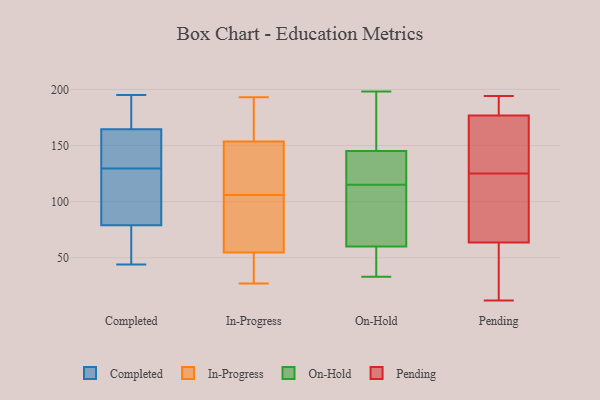
{"axis": {"x": "Tickets Resolved", "y": "Value"}, "legend": ["Completed", "In-Progress", "On-Hold", "Pending"], "data": [{"x": "", "y": 169, "type": "Completed"}, {"x": "", "y": 129, "type": "Completed"}, {"x": "", "y": 81, "type": "Completed"}, {"x": "", "y": 89, "type": "Completed"}, {"x": "", "y": 193, "type": "Completed"}, {"x": "", "y": 65, "type": "Completed"}, {"x": "", "y": 160, "type": "Completed"}, {"x": "", "y": 154, "type": "Completed"}, {"x": "", "y": 77, "type": "Completed"}, {"x": "", "y": 130, "type": "Completed"}, {"x": "", "y": 122, "type": "Completed"}, {"x": "", "y": 195, "type": "Completed"}, {"x": "", "y": 159, "type": "Completed"}, {"x": "", "y": 181, "type": "Completed"}, {"x": "", "y": 44, "type": "Completed"}, {"x": "", "y": 59, "type": "Completed"}, {"x": "", "y": 168, "type": "In-Progress"}, {"x": "", "y": 113, "type": "In-Progress"}, {"x": "", "y": 143, "type": "In-Progress"}, {"x": "", "y": 90, "type": "In-Progress"}, {"x": "", "y": 193, "type": "In-Progress"}, {"x": "", "y": 49, "type": "In-Progress"}, {"x": "", "y": 106, "type": "In-Progress"}, {"x": "", "y": 29, "type": "In-Progress"}, {"x": "", "y": 157, "type": "In-Progress"}, {"x": "", "y": 72, "type": "In-Progress"}, {"x": "", "y": 27, "type": "In-Progress"}, {"x": "", "y": 64, "type": "On-Hold"}, {"x": "", "y": 129, "type": "On-Hold"}, {"x": "", "y": 140, "type": "On-Hold"}, {"x": "", "y": 125, "type": "On-Hold"}, {"x": "", "y": 160, "type": "On-Hold"}, {"x": "", "y": 34, "type": "On-Hold"}, {"x": "", "y": 75, "type": "On-Hold"}, {"x": "", "y": 48, "type": "On-Hold"}, {"x": "", "y": 165, "type": "On-Hold"}, {"x": "", "y": 133, "type": "On-Hold"}, {"x": "", "y": 74, "type": "On-Hold"}, {"x": "", "y": 198, "type": "On-Hold"}, {"x": "", "y": 62, "type": "On-Hold"}, {"x": "", "y": 54, "type": "On-Hold"}, {"x": "", "y": 115, "type": "On-Hold"}, {"x": "", "y": 174, "type": "On-Hold"}, {"x": "", "y": 33, "type": "On-Hold"}, {"x": "", "y": 167, "type": "Pending"}, {"x": "", "y": 47, "type": "Pending"}, {"x": "", "y": 74, "type": "Pending"}, {"x": "", "y": 125, "type": "Pending"}, {"x": "", "y": 183, "type": "Pending"}, {"x": "", "y": 146, "type": "Pending"}, {"x": "", "y": 88, "type": "Pending"}, {"x": "", "y": 91, "type": "Pending"}, {"x": "", "y": 60, "type": "Pending"}, {"x": "", "y": 180, "type": "Pending"}, {"x": "", "y": 35, "type": "Pending"}, {"x": "", "y": 180, "type": "Pending"}, {"x": "", "y": 153, "type": "Pending"}, {"x": "", "y": 194, "type": "Pending"}, {"x": "", "y": 114, "type": "Pending"}, {"x": "", "y": 12, "type": "Pending"}, {"x": "", "y": 190, "type": "Pending"}, {"x": "", "y": 138, "type": "Pending"}, {"x": "", "y": 40, "type": "Pending"}]}